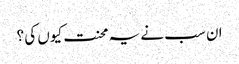
ان سب نے یہ محنت کیوں کی ؟